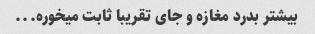
بیشتر بدرد مغازه و جای تقریبا ثابت میخوره...